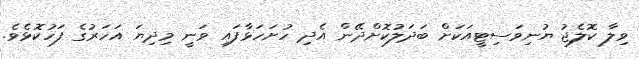
ވިލާ ކޮލެޖު ޔުނިވަސިޓީއަކަށް ބަދަލުކޮށްދޭން އެދި ހުށަހަޅާފައި ވަނީ މިދިޔަ އަހަރުގެ ފަހުކޮޅެވެ.